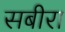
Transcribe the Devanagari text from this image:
सबीरा